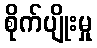
စိုက်ပျိုးမှု